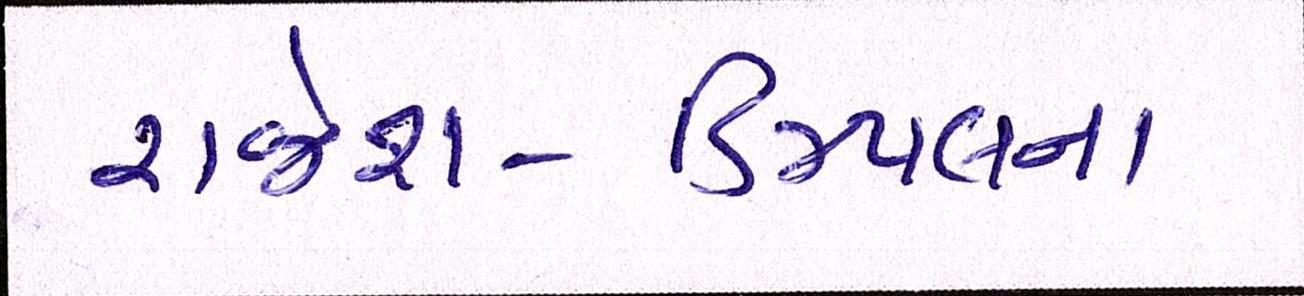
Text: રાજેશ-ડિમ્પલના